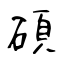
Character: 碩